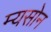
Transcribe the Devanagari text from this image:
म्यसोन